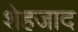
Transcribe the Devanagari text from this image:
शेहजाद